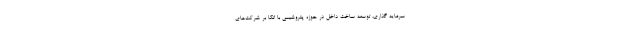
سرمایه گذاری، توسعه ساخت داخل در حوزه پتروشیمی با اتکا بر شرکت‌های